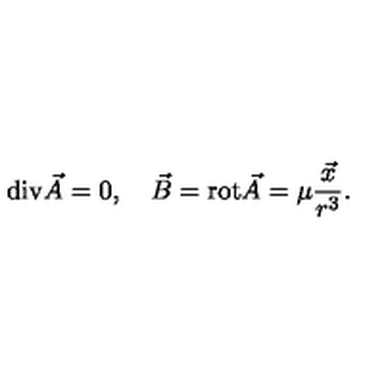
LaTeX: \mathrm { d i v } \vec { A } = 0 , \quad \vec { B } = \mathrm { r o t } \vec { A } = \mu \frac { \vec { x } } { r ^ { 3 } } .